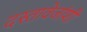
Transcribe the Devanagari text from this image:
दस्तावेजांशी